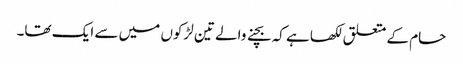
حام کے متعلق لکھا ہے کہ بچنے والے تین لڑکوں میں سے ایک تھا۔